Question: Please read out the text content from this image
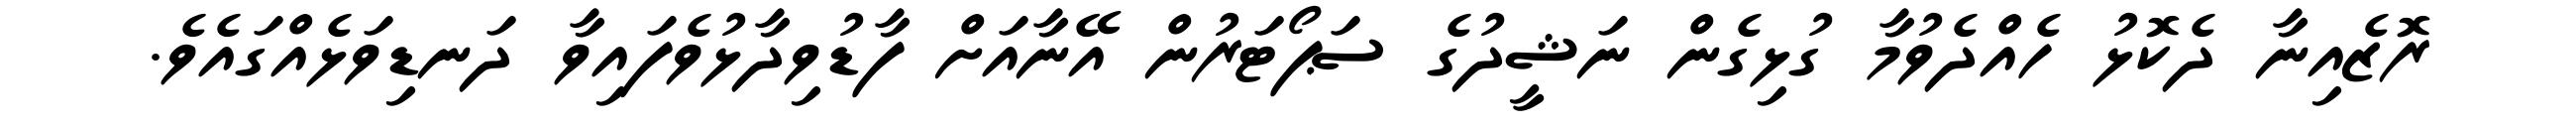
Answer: ރޮޒެއިނާ ދެކޮޅު ހެއްދެވުމާ ގުޅިގެން ނަޝީދުގެ ސަޕޯޓަރުން އޭނާއަށް ފާޑުވިދާޅުވެފައިވާ ދަނޑިވަޅެއްގައެވެ.